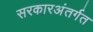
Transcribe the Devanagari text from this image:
सरकारअंतर्गत